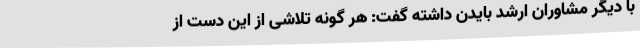
با دیگر مشاوران ارشد بایدن داشته گفت: هر گونه تلاشی از این دست از